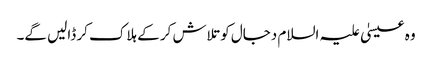
وہ عیسیٰ علیہ السلام دجال کوتلاش کر کے ہلاک کر ڈالیں گے۔